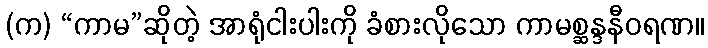
(က) “ကာမ”ဆိုတဲ့ အာရုံငါးပါးကို ခံစားလိုသော ကာမစ္ဆန္ဒနီဝရဏ။